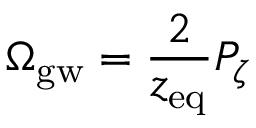
\Omega _ { \mathrm { g w } } = { \frac { 2 } { z _ { \mathrm { e q } } } } { \cal P } _ { \zeta }